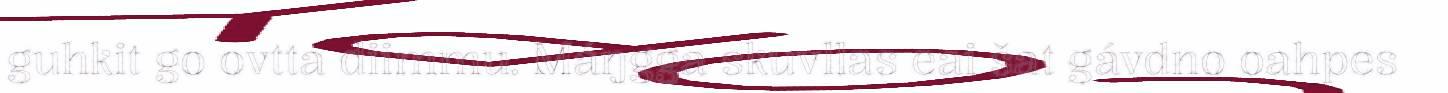
guhkit go ovtta diimmu. Máŋgga skuvllas eai šat gávdno oahpes